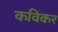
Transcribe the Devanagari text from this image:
कविकर